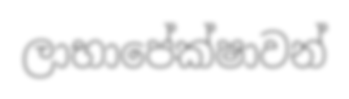
ලාභාපේක්ෂාවන්